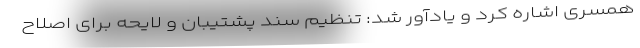
همسری اشاره کرد و یادآور شد: تنظیم سند پشتیبان و لایحه برای اصلاح